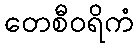
တေစီဝရိကံ